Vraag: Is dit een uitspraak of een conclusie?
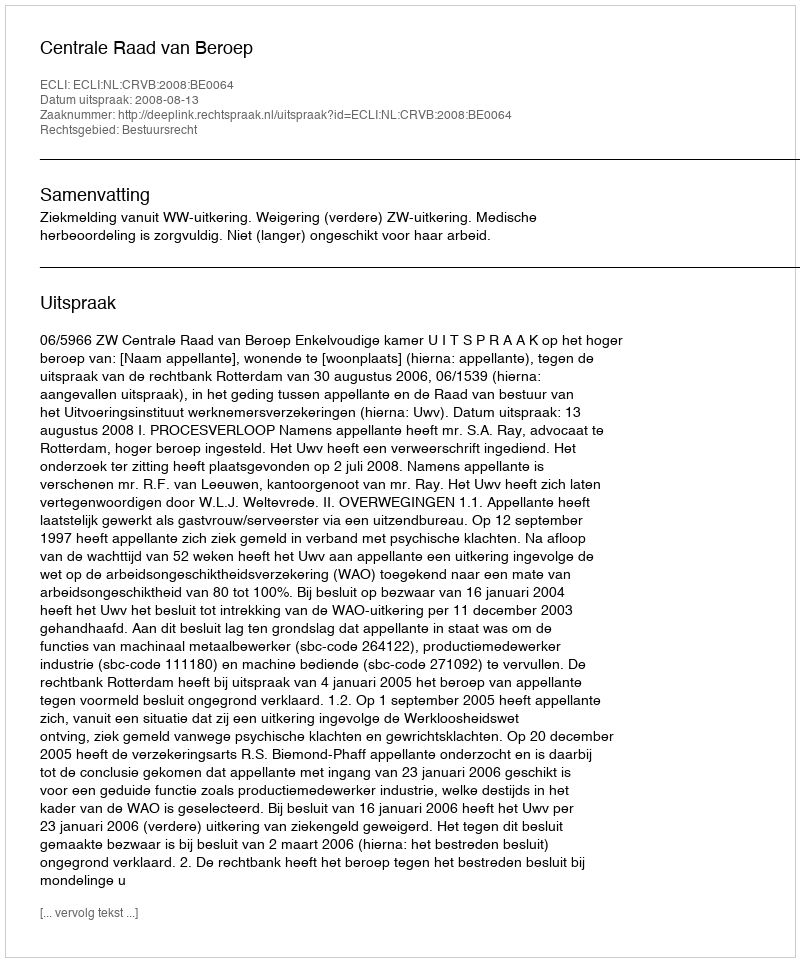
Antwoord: Uitspraak